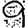
Digit: 9